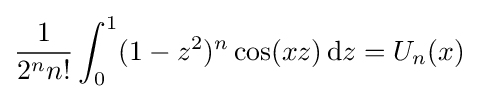
{\frac {1}{2^{n}n!}}\int _{0}^{1}(1-z^{2})^{n}\cos(xz)\,\mathrm {d} z=U_{n}(x)